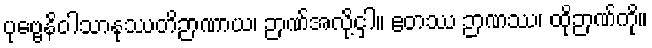
ပုဗ္ဗေနိဝါသာနုဿတိဉာဏာယ၊ ဉာဏ်အလို့ငှါ။ ဧတဿ ဉာဏဿ၊ ထိုဉာဏ်ကို။